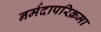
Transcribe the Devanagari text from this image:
नर्मदापरिक्रमा